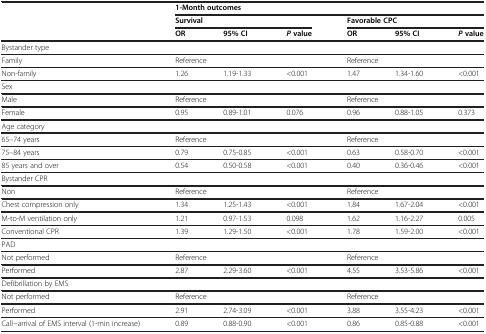
|  | <COLSPAN=6> 1-Month outcomes |
 |  | <COLSPAN=3> Survival | <COLSPAN=3> Favorable CPC |
 |  | OR | 95% CI | P value | OR | 95% CI | P value |
 | --- | --- | --- | --- | --- | --- | --- |
 | Bystander type | <COLSPAN=3>  | <COLSPAN=3>  |
 | Family | <COLSPAN=3> Reference | <COLSPAN=3> Reference |
 | Non-family | 1.26 | 1.19-1.33 | <0.001 | 1.47 | 1.34-1.60 | <0.001 |
 | Sex | <COLSPAN=3>  | <COLSPAN=3>  |
 | Male | <COLSPAN=3> Reference | <COLSPAN=3> Reference |
 | Female | 0.95 | 0.89-1.01 | 0.076 | 0.96 | 0.88-1.05 | 0.373 |
 | Age category | <COLSPAN=3>  | <COLSPAN=3>  |
 | 65–74 years | <COLSPAN=3> Reference | <COLSPAN=3> Reference |
 | 75–84 years | 0.79 | 0.75-0.85 | <0.001 | 0.63 | 0.58-0.70 | <0.001 |
 | 85 years and over | 0.54 | 0.50-0.58 | <0.001 | 0.40 | 0.36-0.46 | <0.001 |
 | Bystander CPR | <COLSPAN=3>  | <COLSPAN=3>  |
 | Non | <COLSPAN=3> Reference | <COLSPAN=3> Reference |
 | Chest compression only | 1.34 | 1.25-1.43 | <0.001 | 1.84 | 1.67-2.04 | <0.001 |
 | M-to-M ventilation only | 1.21 | 0.97-1.53 | 0.098 | 1.62 | 1.16-2.27 | 0.005 |
 | Conventional CPR | 1.39 | 1.29-1.50 | <0.001 | 1.78 | 1.59-2.00 | <0.001 |
 | PAD | <COLSPAN=3>  | <COLSPAN=3>  |
 | Not performed | <COLSPAN=3> Reference | <COLSPAN=3> Reference |
 | Performed | 2.87 | 2.29-3.60 | <0.001 | 4.55 | 3.53-5.86 | <0.001 |
 | Defibrillation by EMS | <COLSPAN=3>  | <COLSPAN=3>  |
 | Not performed | <COLSPAN=3> Reference | <COLSPAN=3> Reference |
 | Performed | 2.91 | 2.74-3.09 | <0.001 | 3.88 | 3.55-4.23 | <0.001 |
 | Call−arrival of EMS interval (1-min increase) | 0.89 | 0.88-0.90 | <0.001 | 0.86 | 0.85-0.88 | <0.001 |